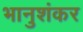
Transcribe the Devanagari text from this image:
भानुशंकर